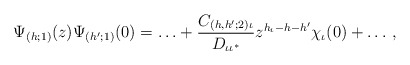
\begin{align*}\Psi_{(h;1)}(z)\Psi_{(h';1)}(0) = \ldots + \frac{C_{(h,h';2)\iota}}{ D_{\iota\iota^*}}z^{h_{\iota}-h-h'}\chi_{\iota}(0) + \ldots\,,\end{align*}